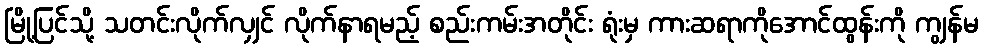
မြို့ပြင်သို့ သတင်းလိုက်လျှင် လိုက်နာရမည့် စည်းကမ်းအတိုင်း ရုံးမှ ကားဆရာကိုအောင်ထွန်းကို ကျွန်မ